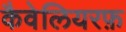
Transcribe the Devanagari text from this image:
कैवेलियरफ़